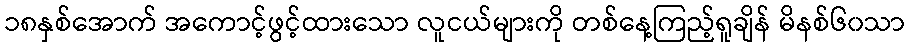
၁၈နှစ်အောက် အကောင့်ဖွင့်ထားသော လူငယ်များကို တစ်နေ့ကြည့်ရူချိန် မိနစ်၆၀သာ